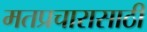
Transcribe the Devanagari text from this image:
मतप्रचारासाठी